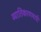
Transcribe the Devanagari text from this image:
व्यातिकरणमापी